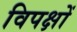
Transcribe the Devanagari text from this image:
विपक्षों